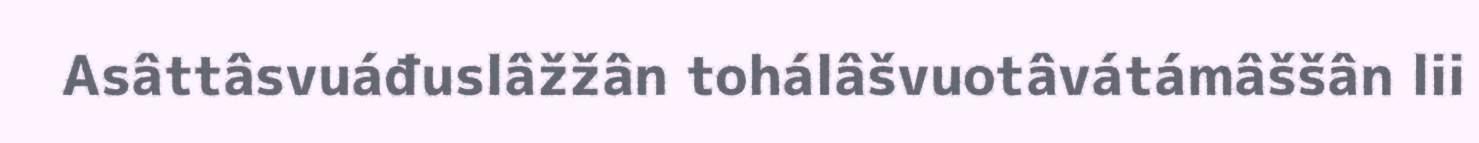
Asâttâsvuáđuslâžžân tohálâšvuotâvátámâššân lii